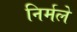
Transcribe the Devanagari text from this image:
निर्मले